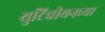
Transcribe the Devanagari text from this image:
युटिचीयनच्या